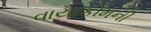
વાયાકોમની